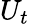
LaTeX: U_{t}